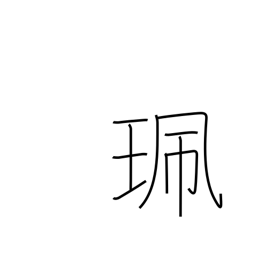
Meaning: bauble